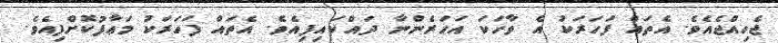
ޖެހިއްޖެއެވެ. އެތައް ފަހަރަކު އެ ވާހަކަ އަހަރެންނާ ދައްކައިފިއެވެ. އެތައް ފަހަރަކު މަޢާފުކޮށްފިއެވެ.